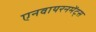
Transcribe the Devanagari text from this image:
एनवायरनमेंट्स